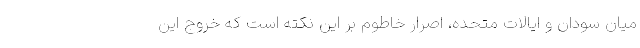
میان سودان و ایالات متحده، اصرار خاطوم بر این نکته است که خروج این